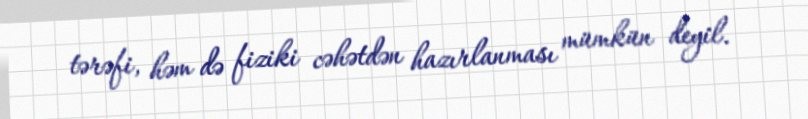
tərəfi, həm də fiziki cəhətdən hazırlanması mümkün deyil.